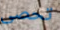
تحصى